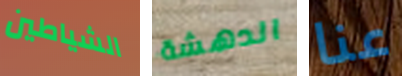
الشياطين الدهشة عنا